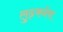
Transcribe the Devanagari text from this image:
लुढ़कनेवा